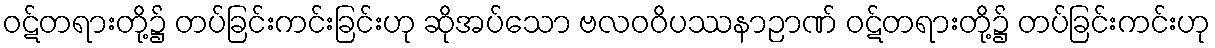
ဝဋ်တရားတို့၌ တပ်ခြင်းကင်းခြင်းဟု ဆိုအပ်သော ဗလဝဝိပဿနာဉာဏ် ဝဋ်တရားတို့၌ တပ်ခြင်းကင်းဟု